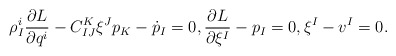
\begin{gather*}\rho ^i _I \frac{ \partial L }{ \partial q ^i } - C ^K _{ I J } \xi ^J p _K - \dot{p} _I = 0 , \frac{ \partial L }{ \partial \xi ^I } - p _I = 0 , \xi ^I - v ^I = 0 .\end{gather*}